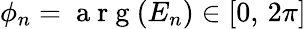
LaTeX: \phi_{n}=\mathrm{~a~r~g~}(E_{n})\in[0,\, 2\pi]